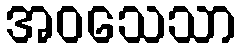
အဝသေသာ